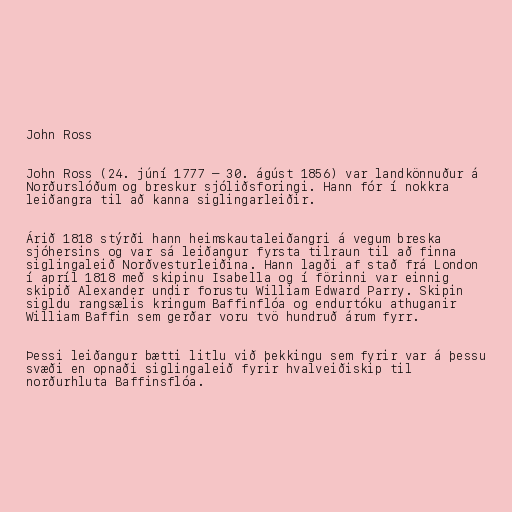
John Ross

John Ross (24. júní 1777 – 30. ágúst 1856) var landkönnuður á
Norðurslóðum og breskur sjóliðsforingi. Hann fór í nokkra
leiðangra til að kanna siglingarleiðir.

Árið 1818 stýrði hann heimskautaleiðangri á vegum breska
sjóhersins og var sá leiðangur fyrsta tilraun til að finna
siglingaleið Norðvesturleiðina. Hann lagði af stað frá London
í apríl 1818 með skipinu Isabella og í förinni var einnig
skipið Alexander undir forustu William Edward Parry. Skipin
sigldu rangsælis kringum Baffinflóa og endurtóku athuganir
William Baffin sem gerðar voru tvö hundruð árum fyrr.

Þessi leiðangur bætti litlu við þekkingu sem fyrir var á þessu
svæði en opnaði siglingaleið fyrir hvalveiðiskip til
norðurhluta Baffinsflóa.